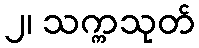
၂၊ သက္ကသုတ်